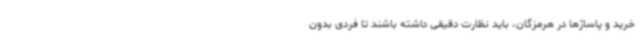
خرید و پاساژها در هرمزگان، باید نظارت دقیقی داشته باشند تا فردی بدون